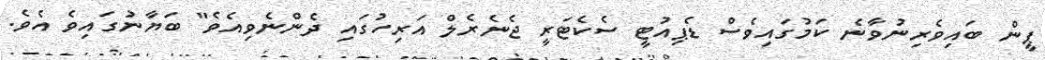
ޕީން ބައިވެރިނުވާނެ ކަމުގައިވެސް ޑެޕިއުޓީ ސެކެޓަރީ ޖެނެރެލް އަރިހުގައި ދެންނެވިއެވެ" ބަޔާނުގައިވެ އެވެ.